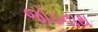
જોડનાથ